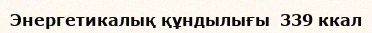
Энергетикалық құндылығы  339 ккал